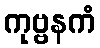
ကုဗ္ဗနကံ